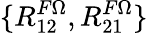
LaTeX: \{ R_{12}^{F\Omega},R_{21}^{F\Omega}\}